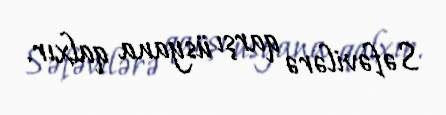
Səfəvilərə qarşı üsyana qalxır.